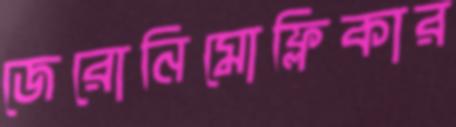
জেরোনিমোফ্লিকার